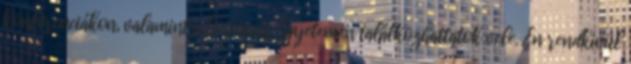
konferenciákon, valamint a Corvinus Egyetemen találkozhattatok vele. Én rendkívül